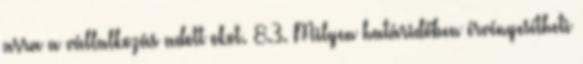
arra a vállalkozás adott okot. 8.3. Milyen határidőben érvényesítheti